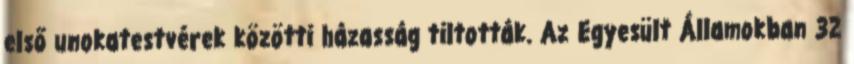
első unokatestvérek közötti házasság tiltották. Az Egyesült Államokban 32